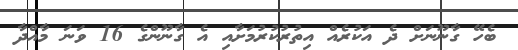
ބެހޭ ގާނޫނަށް ދެ އަކުރެއް އިތުރުކުރުމަށާއި އެ ގާނޫންގެ 16 ވަނަ މާއްދާ